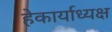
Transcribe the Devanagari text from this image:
हेकार्याध्यक्ष